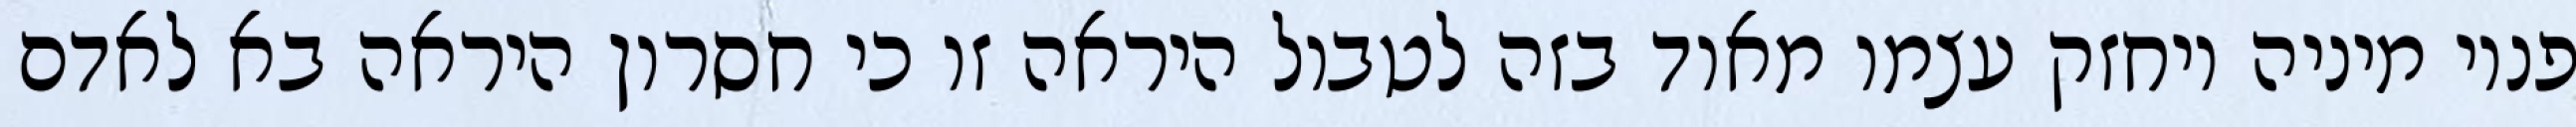
פנוי מיניה ויחזק עצמו מאוד בזה לטבול היראה זו כי חסרון היראה בא לאדם